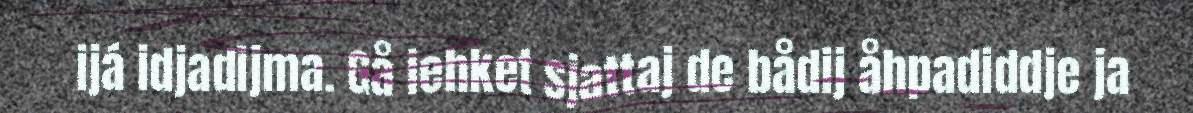
ijá idjadijma. Gå iehket sjattaj de bådij åhpadiddje ja